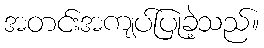
အတင်းအကျပ်ပြုခဲ့သည်။